Leningradi_Edasi_toimetus, lk 216
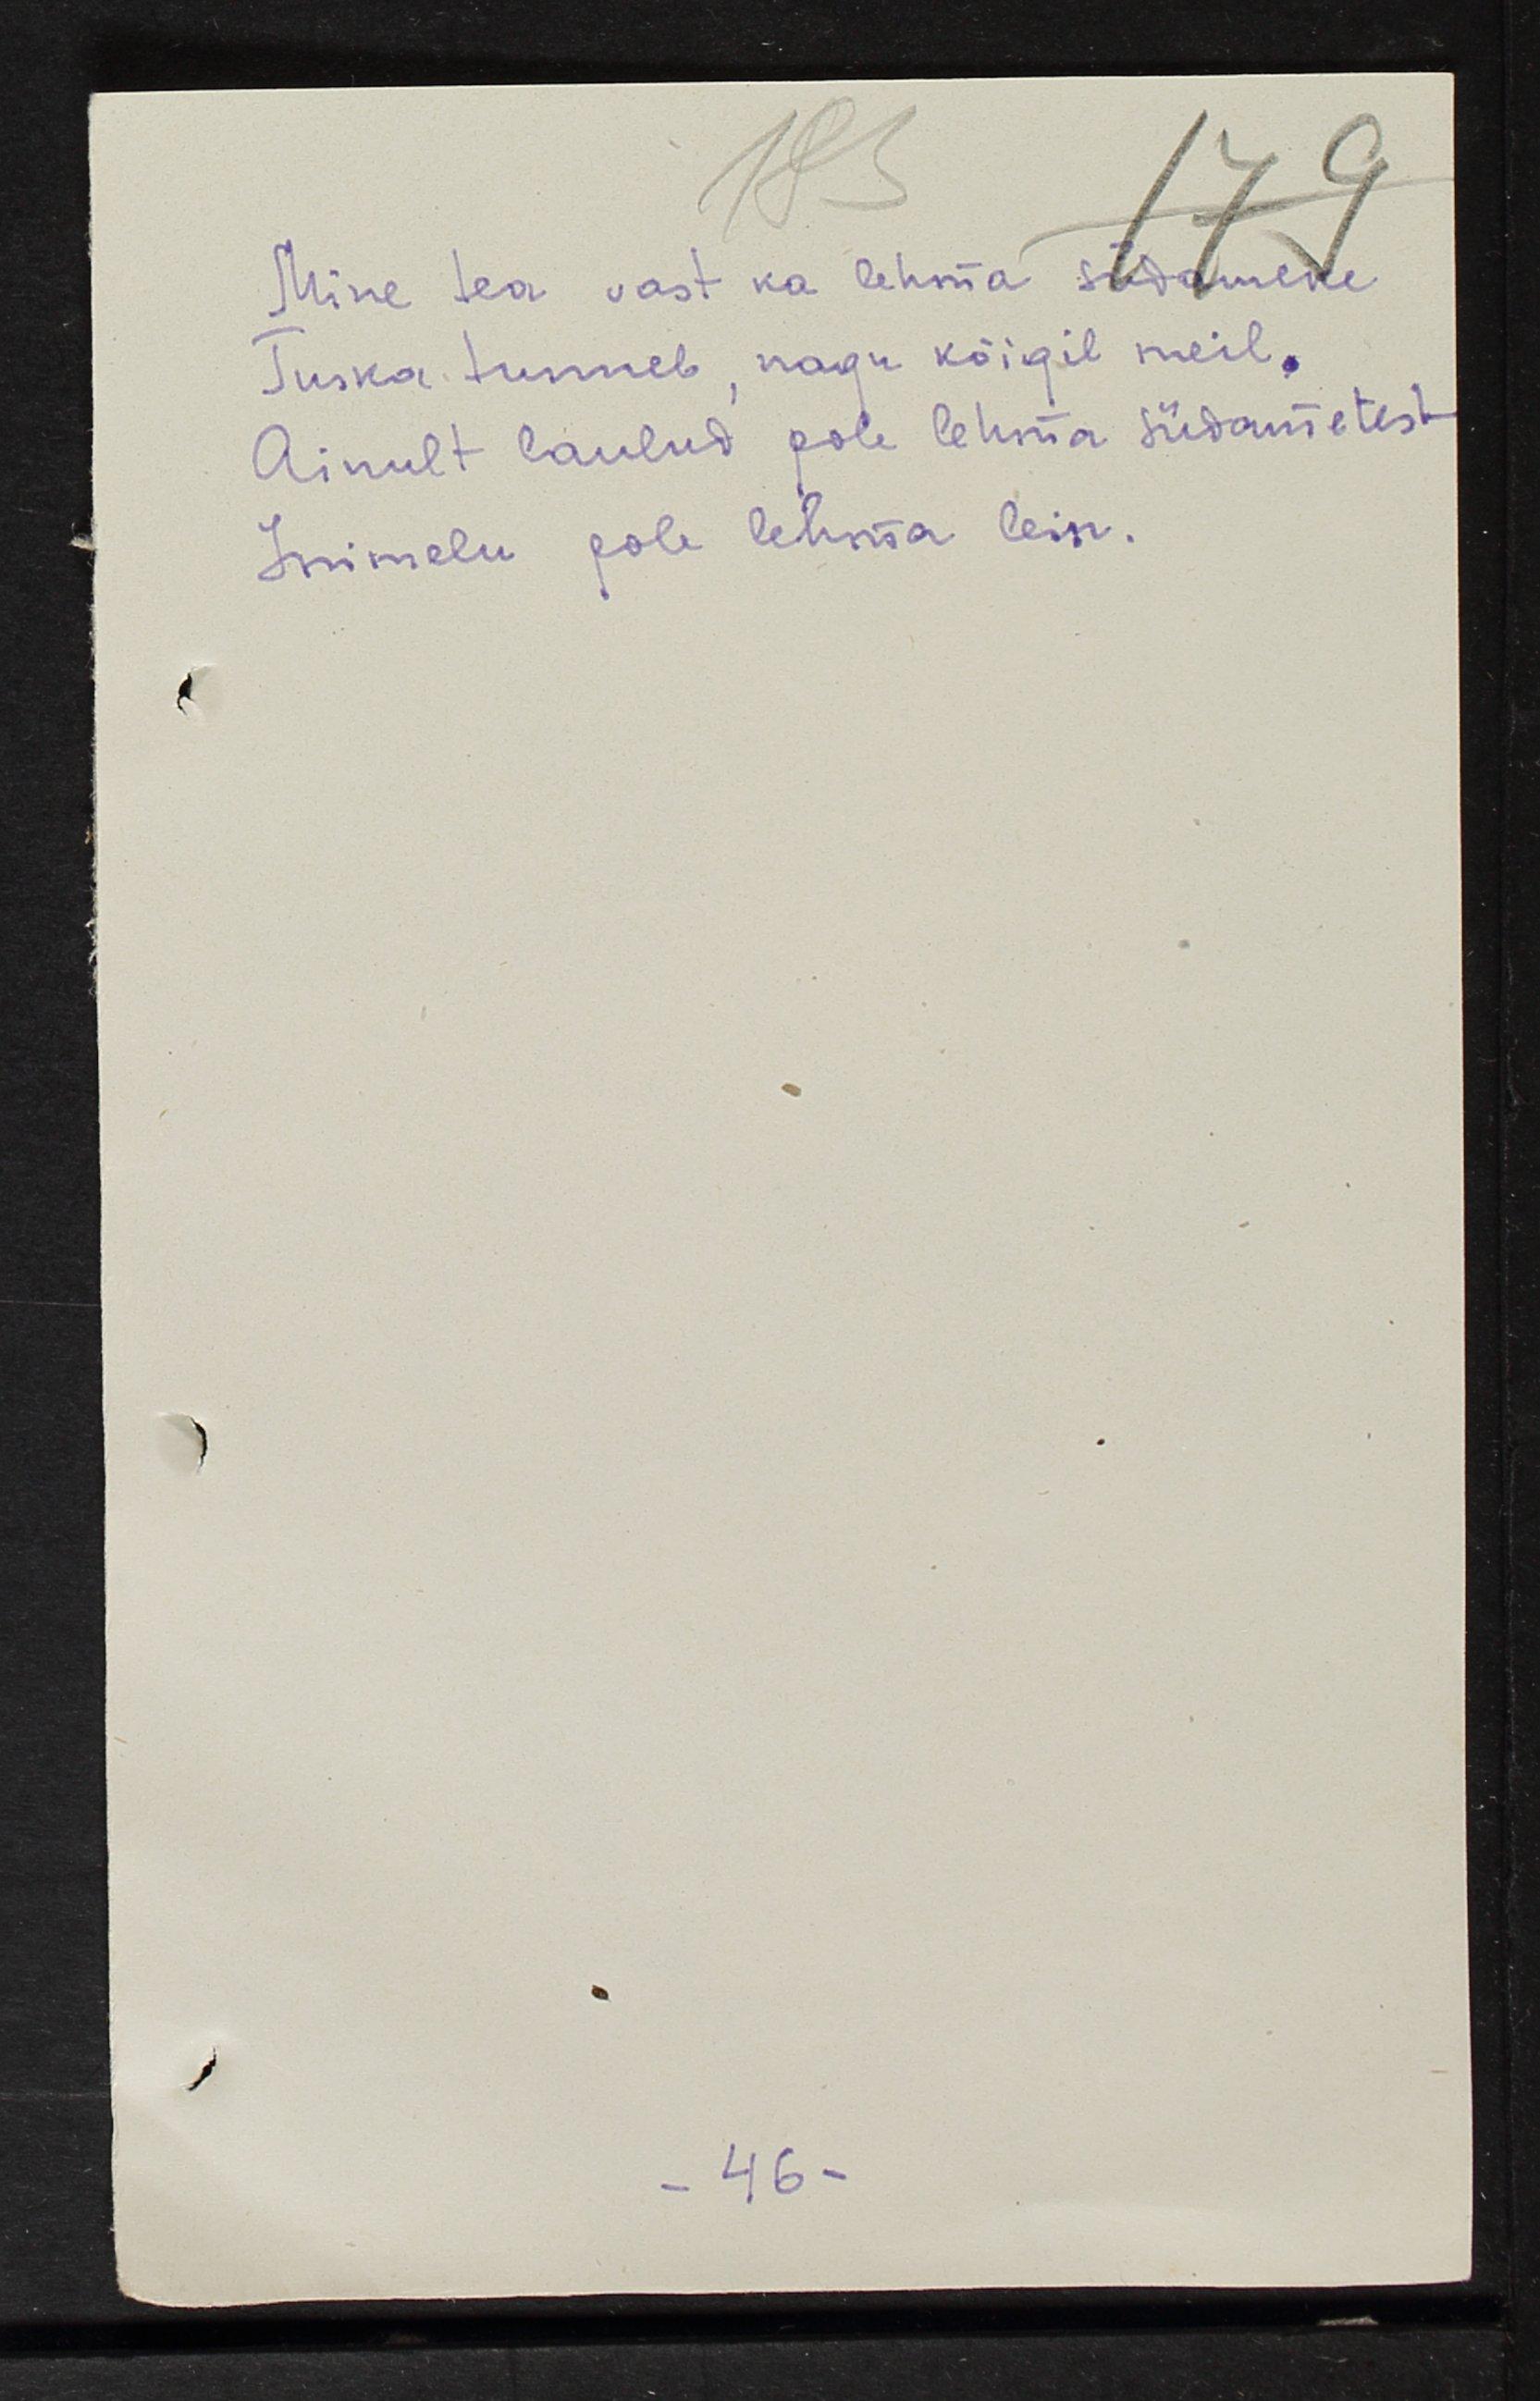
Mine tea vast ka lehma südameke
Tuska tunneb, nagu kõigil meil.
Ainult laulud pole lehma südametest
Inimelu pole lehma lein.